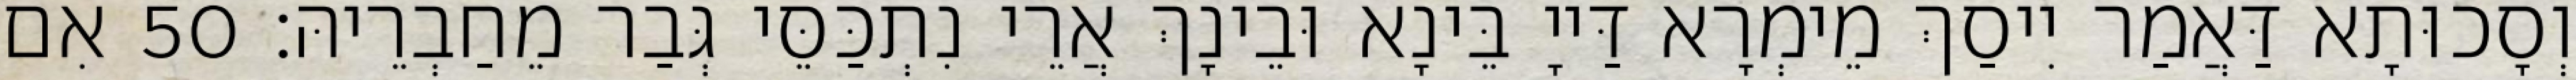
וְסָכוּתָא דַּאֲמַר יִיסַךְ מֵימְרָא דַּייָ בֵּינָא וּבֵינָךְ אֲרֵי נִתְכַּסֵּי גְּבַר מֵחַבְרֵיהּ׃ 50 אִם